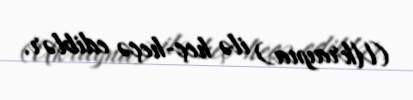
(Ukrayna) ilə heç-heçə ediblər.